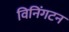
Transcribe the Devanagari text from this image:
विनिंगटन